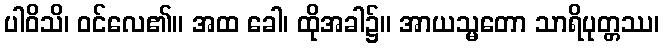
ပါဝိသိ၊ ဝင်လေ၏။ အထ ခေါ၊ ထိုအခါ၌။ အာယသ္မတော သာရိပုတ္တဿ၊